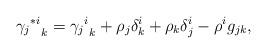
LaTeX: \begin{align*} {{\gamma_{j}}^{*i}}_k = {{\gamma_{j}}^{i}}_k + \rho_j\delta^i_k + \rho_k\delta^i_j - \rho^ig_{jk},\end{align*}